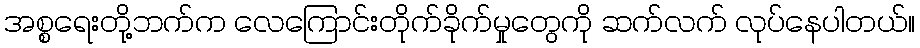
အစ္စရေးတို့ဘက်က လေကြောင်းတိုက်ခိုက်မှုတွေကို ဆက်လက် လုပ်နေပါတယ်။